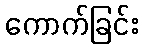
ကောက်ခြင်း